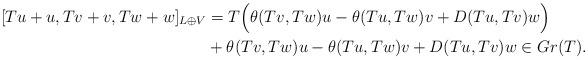
LaTeX: \begin{align*}\;[Tu+u,Tv+v,Tw+w]_{L \oplus V}&=T\Big( \theta(Tv,Tw)u-\theta(Tu,Tw)v+D(Tu,Tv)w \Big) \\ &+ \theta(Tv,Tw)u-\theta(Tu,Tw)v+D(Tu,Tv)w \in Gr(T).\end{align*}